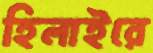
হিলাইরে